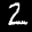
Label: 2